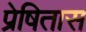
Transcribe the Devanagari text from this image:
प्रेषितास